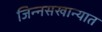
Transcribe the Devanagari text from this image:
जिन्नसखान्यात